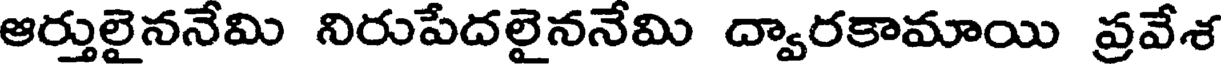
ఆర్తులైననేమి నిరుపేదలైననేమి ద్వారకామాయి ప్రవేశ